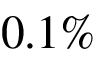
0 . 1 \%